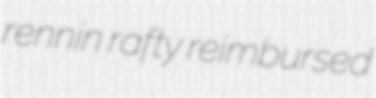
rennin rafty reimbursed